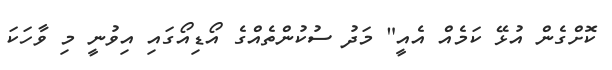
ކޮށްގެން އުޅޭ ކަމެއް އެއީ" މަދު ސުކުންތެއްގެ އޯޑިއޯގައި އިވުނީ މި ވާހަކަ